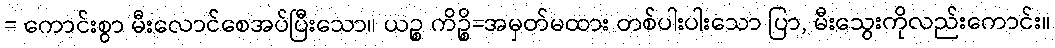
= ကောင်းစွာ မီးလောင်စေအပ်ပြီးသော။ ယဉ္စ ကိဉ္စိ=အမှတ်မထား တစ်ပါးပါးသော ပြာ, မီးသွေးကိုလည်းကောင်း။